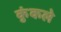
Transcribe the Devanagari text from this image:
कुंकले